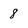
Character: 8